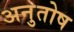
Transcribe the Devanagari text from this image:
अनुुतोष